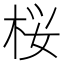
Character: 桜